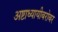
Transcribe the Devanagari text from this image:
अष्टाध्यायीबरोबर